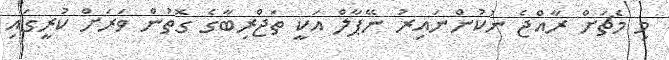
މި މެޗަށް ރާއްޖެ ނުކުންނައިރު ނޭޕާލް އަކީ ތަޖްރިބާގެ ގޮތުން ވަރަށް ކުރީގައި